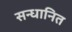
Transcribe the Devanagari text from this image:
सन्धानित